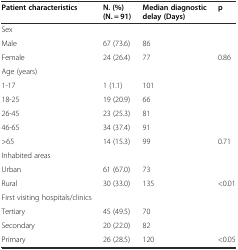
| Patient characteristics | N. (%) (N. = 91) | Median diagnostic delay (Days) | p |
 | --- | --- | --- | --- |
 | Sex |  |  |  |
 | Male | 67 (73.6) | 86 |  |
 | Female | 24 (26.4) | 77 | 0.86 |
 | Age (years) |  |  |  |
 | 1-17 | 1 (1.1) | 101 |  |
 | 18-25 | 19 (20.9) | 66 |  |
 | 26-45 | 23 (25.3) | 81 |  |
 | 46-65 | 34 (37.4) | 91 |  |
 | >65 | 14 (15.3) | 99 | 0.71 |
 | Inhabited areas |  |  |  |
 | Urban | 61 (67.0) | 73 |  |
 | Rural | 30 (33.0) | 135 | <0.01 |
 | First visiting hospitals/clinics |  |  |  |
 | Tertiary | 45 (49.5) | 70 |  |
 | Secondary | 20 (22.0) | 82 |  |
 | Primary | 26 (28.5) | 120 | <0.05 |